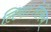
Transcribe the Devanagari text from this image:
लिया।लेकिन